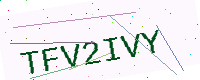
Text: TFV2IVY